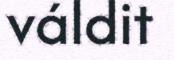
váldit